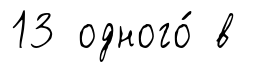
13 одного́ в